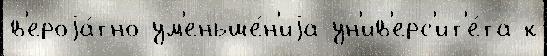
в'ероjа́тно ум'еньше́н'иjа ун'ив'ерс'ит'е́та к